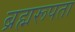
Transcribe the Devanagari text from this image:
ब्रह्मरूपता